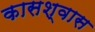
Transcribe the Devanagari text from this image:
कासश्वास